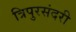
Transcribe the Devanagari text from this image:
त्रिपुरसंदरी